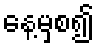
နေ့မှစ၍